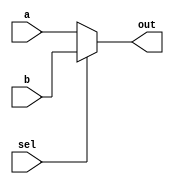
module mux2x1 #(parameter WIDTH = 4) (
	input [WIDTH-1:0] a, 
	input [WIDTH-1:0] b, 
	input sel, 
	output [WIDTH-1:0] out
);
	assign out = sel ? b : a;
endmodule